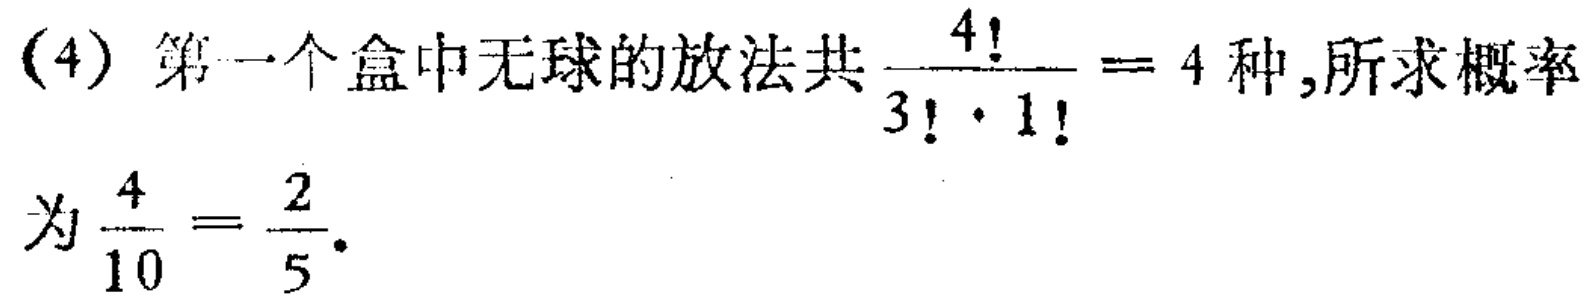
(4) 第一个盒中无球的放法共$\frac{4!}{3!\cdot1!}=4$种,所求概率

为$\frac{4}{10}=\frac{2}{5}$.